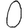
Digit: 0